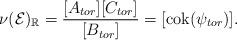
LaTeX: \begin{align*}\nu(\mathcal{E})_{\mathbb{R}}= \frac{[A_{tor}][C_{tor}]}{[B_{tor}]} = [\mathrm{cok}(\psi_{tor})].\end{align*}